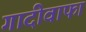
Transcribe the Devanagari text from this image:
गादीवाफा